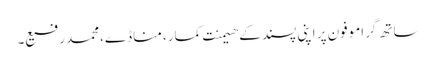
ساتھ گراموفون پر اپنی پسند کے ھیمنت کمار، مناڈے،محمد رفیع۔